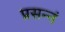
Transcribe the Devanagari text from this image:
प्रसन्नं